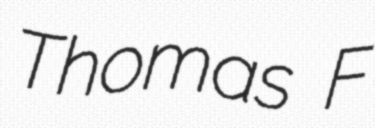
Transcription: Thomas F